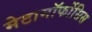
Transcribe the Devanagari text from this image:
मेटामॉर्फोसिस